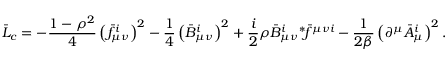
\bar { \cal L } _ { c } = - \frac { 1 - \rho ^ { 2 } } 4 \left( \bar { f } _ { \mu \nu } ^ { i } \right) ^ { 2 } - \frac 1 4 \left( \bar { B } _ { \mu \nu } ^ { i } \right) ^ { 2 } + \frac i 2 \rho \bar { B } _ { \mu \nu } ^ { i } { } ^ { \ast } \! \bar { f } ^ { \mu \nu i } - \frac 1 { 2 \beta } \left( \partial ^ { \mu } \bar { A } _ { \mu } ^ { i } \right) ^ { 2 } .